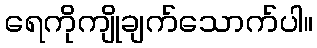
ရေကိုကျိုချက်သောက်ပါ။